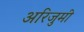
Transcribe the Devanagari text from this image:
अरिजुमी